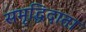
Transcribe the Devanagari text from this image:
समृद्धिदाता